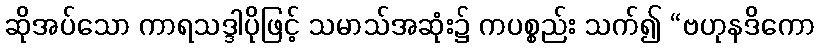
ဆိုအပ်သော ကာရသဒ္ဒါပိုဖြင့် သမာသ်အဆုံး၌ ကပစ္စည်း သက်၍ “ဗဟုနဒိကော